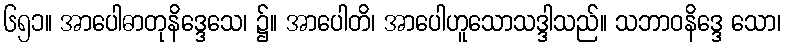
၆၅၁။ အာပေါဓာတုနိဒ္ဒေသေ၊ ၌။ အာပေါတိ၊ အာပေါဟူသောသဒ္ဒါသည်။ သဘာဝနိဒ္ဒေ သော၊